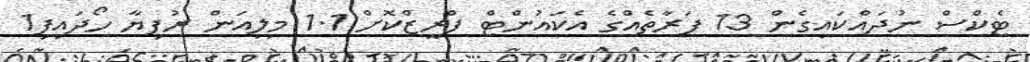
ޓެކްސް ނުދައްކައިގެން 13 ފަރާތެއްގެ އެކައުންޓް ފްރީޒްކޮށް 1.1 މިލިއަން ރުފިޔާ ހޯދައިފި1